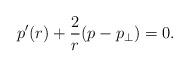
LaTeX: \begin{align*}p'(r)+\frac{2}{r}(p-p_\perp )=0. \end{align*}